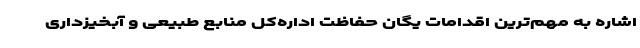
اشاره به مهم‌ترین اقدامات یگان حفاظت اداره‌کل منابع طبیعی و آبخیزداری